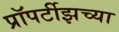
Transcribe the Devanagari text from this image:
प्रॉपर्टीझच्या